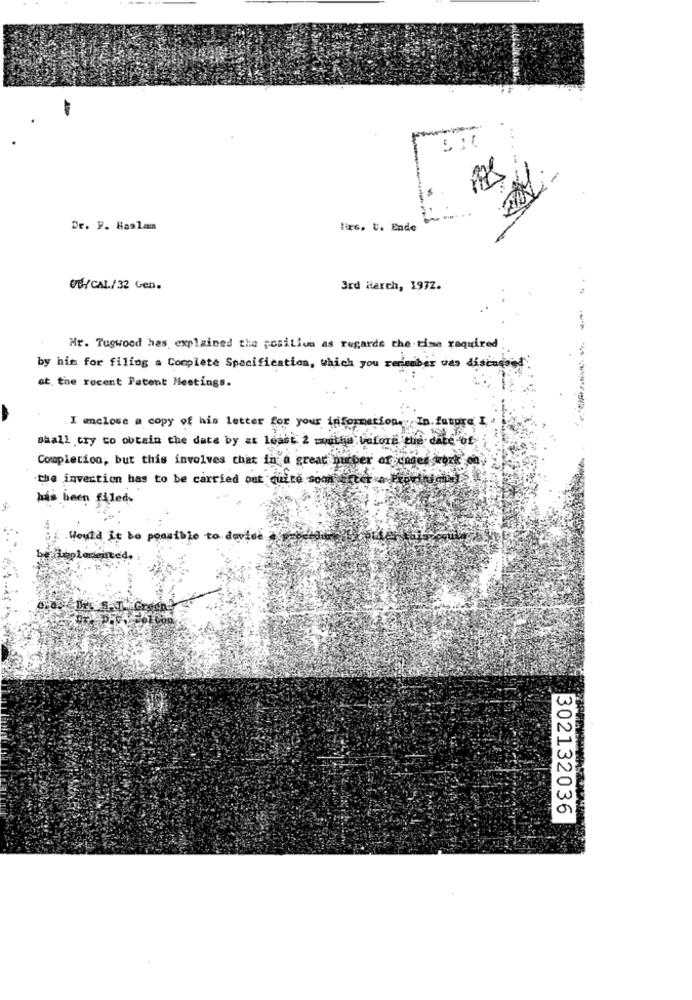
Dr. P. Haslam
Fixs. U. Ende
UB-/CAL/32 Gen.
3rd March, 1972.
Hr. Tugwood has, explained the position as regards the time required
by him for filing a Complete Specification, which you remember uas discussed'
at the recent Patent Meetings.
I enclose a copy of his letter for your information.",In. future I.
shall try to obtain the date by at Least 2 =outha Gefore the date of
Completion, but this involves that in a great purger orpenses work on
the invention has to be carried out chite som uster a mepediu che
has been filed.
Would it be possible to device
302132036